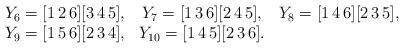
LaTeX: \begin{align*}\begin{matrix}Y_{6}=[1\,2\,6][3\,4\,5], & Y_{7}=[1\,3\,6][2\,4\,5], & Y_{8}=[1\,4\,6][2\,3\,5],\\Y_{9}=[1\,5\,6][2\,3\,4], & Y_{10}=[1\,4\,5][2\,3\,6].\end{matrix}\end{align*}